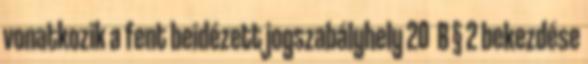
vonatkozik a fent beidézett jogszabályhely 20 B § 2 bekezdése